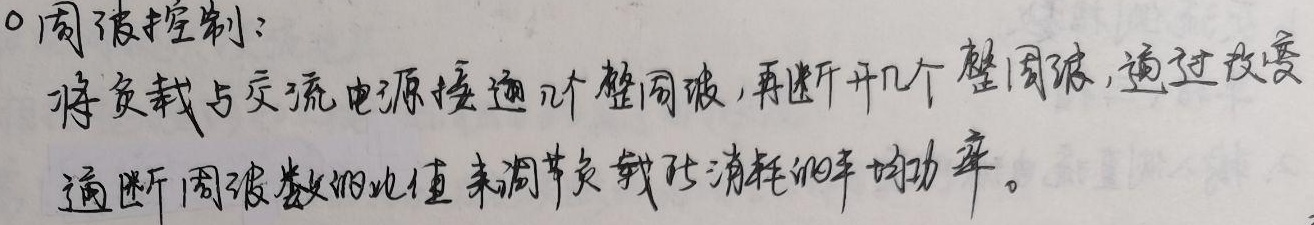
○周波控制：将负载与交流电源接通\(n\)个整周波，再断开几个整周波，通过改变通断周波数的比值来调节负载所消耗的平均功率。